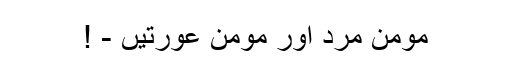
مومن مرد اور مومن عورتیں - !